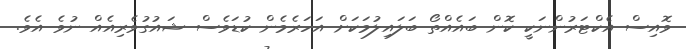
ވޮއިސް އެކްޓަރުންނަކީ ކޮން ބައެއްތޯ ބަލައިލުމަކަށް އަހަރެމެން ކުޑަވެސް ޝައުގުވެރިއެއް ނުވެ އެވެ.